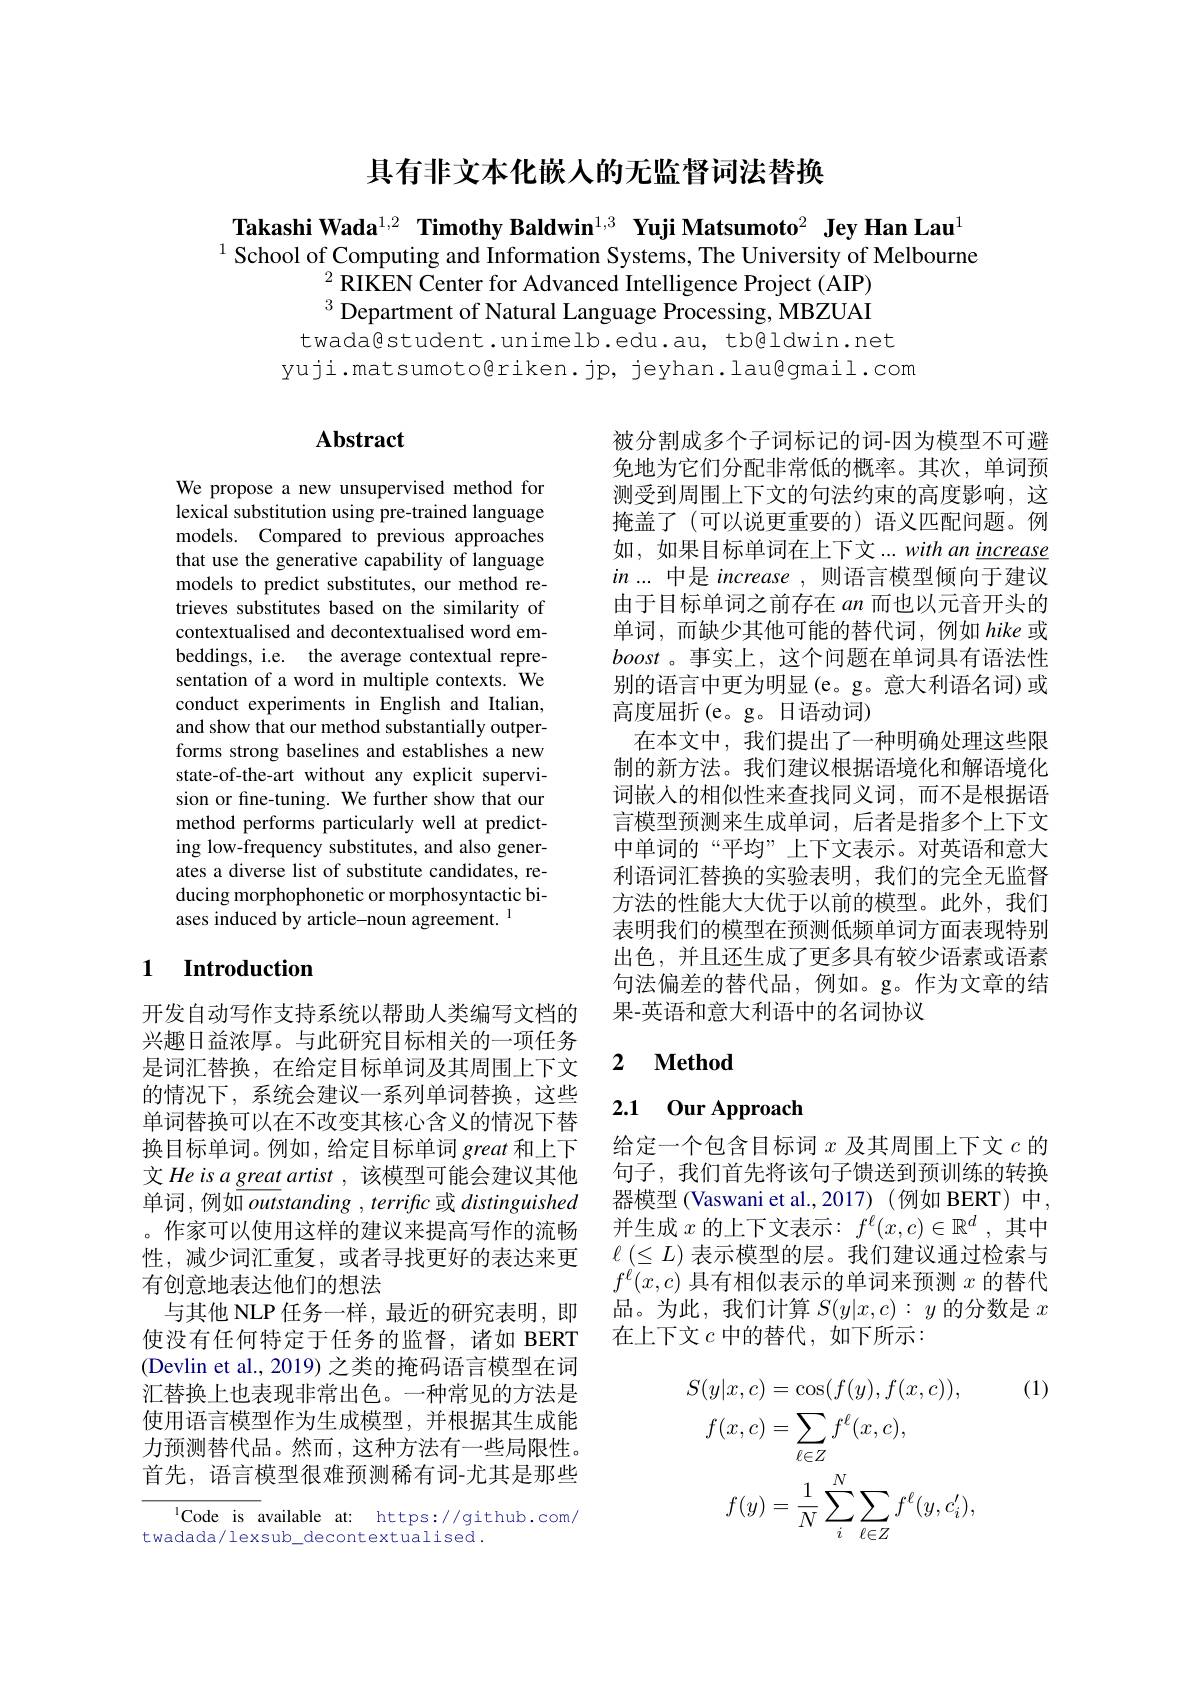
## 具有非文本化嵌人的无监督词法替换

Takashi Wada$^{1,2}$ Timothy Baldwin$^{1,3}$ Yuji Matsumoto$^2\textbf{ Jey Han Lau}^{1}$ $^{1}$School of Computing and Information Systems, The University of Melbourne
$^2$RIKEN Center for Advanced Intelligence Project ( AIP) $^{3}$ Department of Natural Language Processing, MBZUAI twada@student.unimelb.edu.au, tb@ldwin.net
yuji.matsumoto@riken.jp, jeyhan.lau@gmail.com

## $\mathbf{Abstract}$

We propose a new unsupervised method for lexical substitution using pre-trained language models. Compared to previous approaches that use the generative capability of language models to predict substitutes, our method retrieves substitutes based on the similarity of contextualised and decontextualised word embeddings, i.e. the average contextual representation of a word in multiple contexts. We conduct experiments in English and Italian, and show that our method substantially outperforms strong baselines and establishes a new state-of-the-art without any explicit supervision or fine-tuning. We further show that our method performs particularly well at predicting low-frequency substitutes, and also generates a diverse list of substitute candidates, reducing morphophonetic or morphosyntactic biases induced by article-noun agreement.

被分割成多个子词标记的词-因为模型不可避免地为它们分配非常低的概率。其次，单词预测受到周围上下文的句法约束的高度影响，这掩盖了(可以说更重要的)语义匹配问题。例如，如果目标单词在上下文...with an increase $in...$中是 increase ,则语言模型倾向于建议由于目标单词之前存在 an 而也以元音开头的单词，而缺少其他可能的替代词，例如 hike 或boost 。事实上，这个问题在单词具有语法性别的语言中更为明显(e。g。意大利语名词)或高度屈折(e。g。日语动词)
在本文中，我们提出了一种明确处理这些限制的新方法。我们建议根据语境化和解语境化词嵌入的相似性来查找同义词，而不是根据语言模型预测来生成单词，后者是指多个上下文中单词的“平均”上下文表示。对英语和意大利语词汇替换的实验表明，我们的完全无监督方法的性能大大优于以前的模型。此外，我们表明我们的模型在预测低频单词方面表现特别出色，并且还生成了更多具有较少语素或语素句法偏差的替代品，例如。g。作为文章的结果-英语和意大利语中的名词协议

## 1 Introduction

### 2 $\textbf{Method}$

### 2.1 0ur Approach

给定一个包含目标词$x$及其周围上下文$c$的句子，我们首先将该句子馈送到预训练的转换器模型 (Vaswani et al.,2017) (例如 BERT) 中， 并生成$x$的上下文表示：$f^\ell(x,c)\in\mathbb{R}^d$,其中$\ell\left(\leq L\right)$表示模型的层。我们建议通过检索与$f^{\ell}(x,c)$具有相似表示的单词来预测$x$的替代品。为此，我们计算$S(y|x,c):y$的分数是$x$ 在上下文$c$中的替代，如下所示：

开发自动写作支持系统以帮助人类编写文档的兴趣日益浓厚。与此研究目标相关的一项任务是词汇替换，在给定目标单词及其周围上下文的情况下，系统会建议一系列单词替换，这些单词替换可以在不改变其核心含义的情况下替换目标单词。例如，给定目标单词 great 和上下文 He is a great $artist$,该模型可能会建议其他单词，例如$outstanding, \textit{terrifı c 或 }distinguished$ 。作家可以使用这样的建议来提高写作的流畅性，减少词汇重复，或者寻找更好的表达来更有创意地表达他们的想法
与其他 NLP 任务一样，最近的研究表明，即使没有任何特定于任务的监督，诸如 BERT (Devlin et al., 2019) 之类的掩码语言模型在词汇替换上也表现非常出色。一种常见的方法是使用语言模型作为生成模型，并根据其生成能力预测替代品。然而，这种方法有一些局限性。首先，语言模型很难预测稀有词-尤其是那些

(1)
$$\begin{aligned}S(y|x,c)&=\cos(f(y),f(x,c)),\\f(x,c)&=\sum_{\ell\in Z}f^\ell(x,c),\\f(y)&=\frac{1}{N}\sum_{i}^{N}\sum_{\ell\in Z}f^{\ell}(y,c_{i}^{\prime}),\end{aligned}$$
lCode is available at: https://github.com/
twadada/ lexsub\_decontextualised.